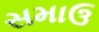
સમાઉ